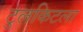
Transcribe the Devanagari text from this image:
टुलकिटला